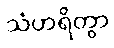
သံဟရိတွာ